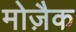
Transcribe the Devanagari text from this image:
मोज़ैक